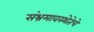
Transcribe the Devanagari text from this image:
संभ्रमावस्थेतेचे